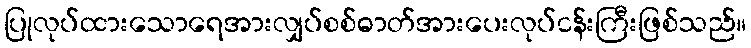
ပြုလုပ်ထားသောရေအားလျှပ်စစ်ဓာတ်အားပေးလုပ်ငန်းကြီးဖြစ်သည်။